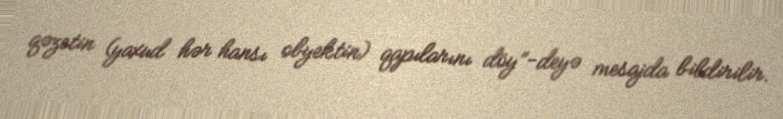
qəzetin (yaxud hər hansı obyektin) qapılarını döy”-deyə mesajda bildirilir.